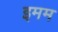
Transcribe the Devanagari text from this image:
इमम